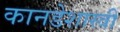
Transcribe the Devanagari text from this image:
कानडेशास्त्री